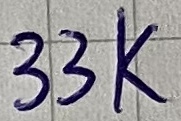
Text: 33K